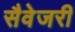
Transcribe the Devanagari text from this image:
सैवेजरी